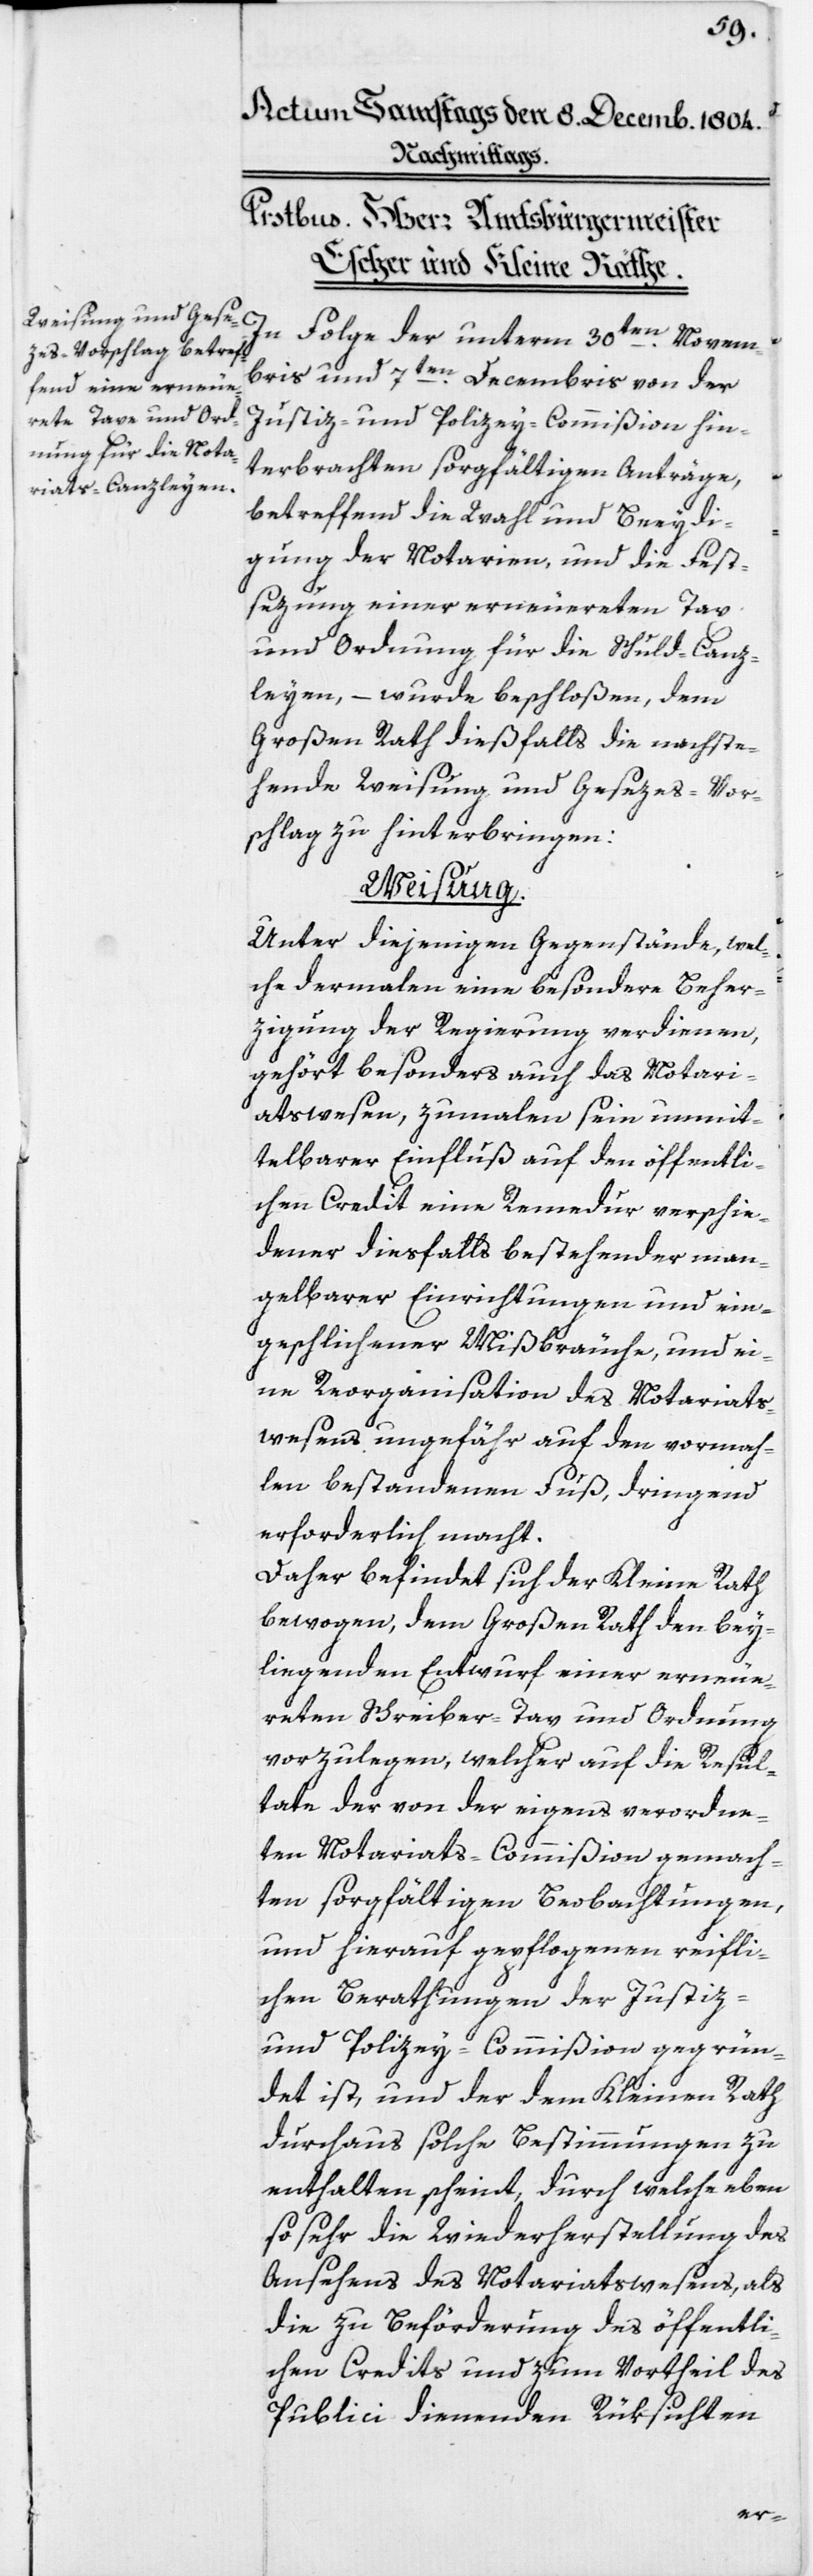
In Folge der unterm 30ten Novem¬
bris und 7ten Decembris von der
Justiz- und Polizey-Commißion hin¬
terbrachten sorgfältigen Anträge,
betreffend die Wahl und Beeydi¬
gung der Notarien, und die Fest¬
sezung einer erneuereten Tax
und Ordnung für die Schuld-Canz¬
leyen, – wurde beschloßen, dem
Großen Rath dießfalls die nachste¬
hende Weisung und Gesezes-Vor¬
schlag zu hinterbringen:
Weisung.
Unter denjenigen Gegenständen, wel¬
che dermalen eine besondere Beher¬
zigung der Regierung verdienen,
gehört besonders auch das Notari¬
atswesen, zumalen sein unmit¬
telbarer Einfluß auf den öffentli¬
che Credit eine Remedur verschie¬
dener diesfalls bestehender man¬
gelbarer Einrichtungen und ein¬
geschlichener Mißbräuche, und ei¬
ne Reorganisation des Notariats¬
wesens ungefähr auf den vormah¬
len bestandenen Fuß, dringend
erforderlich macht.
Daher befindet sich der Kleine Rath
bewogen, dem Großen Rath den bey¬
liegenden Entwurf einer erneue¬
reten Schreiber-Tax und Ordnung
vorzulegen, welcher auf die Resul¬
tate der von der eigens verordne¬
ten Notariats-Commißion gemach¬
ten sorgfältigen Beobachtungen,
und hierauf gepflogenen reifli¬
chen Berathungen der Justiz-
und Polizey-Commißion gegrün¬
det ist, und der dem Kleinen Rath
durchaus solche Bestimmungen zu
enthalten scheint, durch welche eben¬
so sehr die Wiederherstellung des
Ansehens des Notariatswesens, als
die zu Beförderung des öffentli¬
chen Credites und zum Vortheil des
Publici dienenden Rüksichten